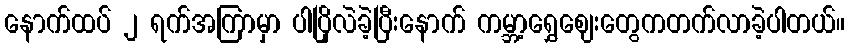
နောက်ထပ် ၂ ရက်အကြာမှာ ပါပြိုလဲခဲ့ပြီးနောက် ကမ္ဘာ့ရွှေဈေးတွေကတက်လာခဲ့ပါတယ်။